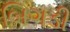
બિગડી